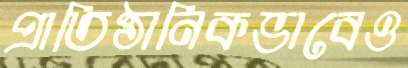
প্রাতিষ্ঠানিকভাবেও